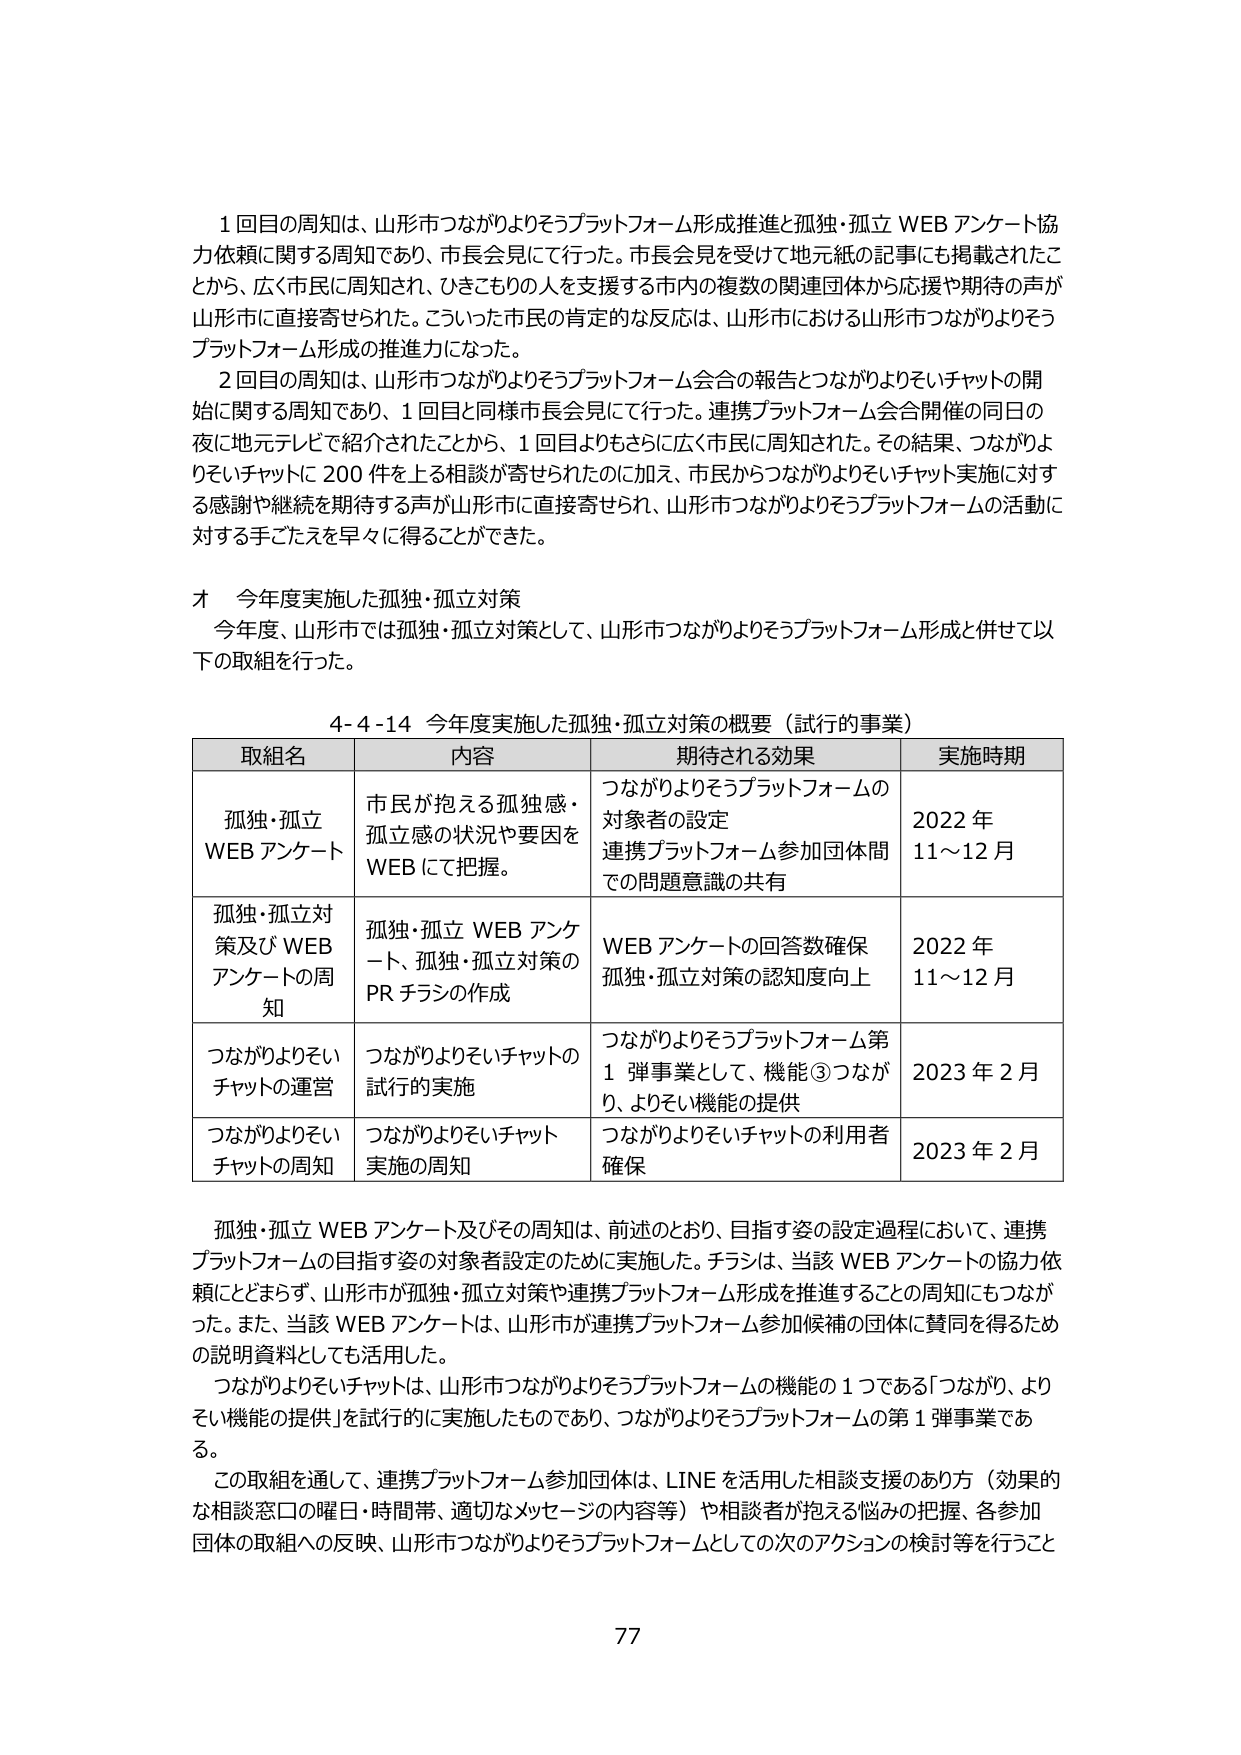
1回目の周知は、山形市つながりよろずプラットフォーム形成推進と孤独・孤立WEBアンケート協力依頼に関する周知であり、市長会見にて行った。市長会見を受け地元紙の記事にも掲載されたことから、広く市民に周知され、ひきこもりの人を支援する市内の複数の関連団体から応援や期待の声が山形市に直接寄せられた。こういった市民の肯定的な反応は、山形市における山形市つながりよろずプラットフォーム形成の推進力になった。

2回目の周知は、山形市つながりよろずプラットフォーム会合の報告とつながりよろいチャットの開始に関する周知であり、1回目と同様市長会見にて行った。連携プラットフォーム会合開催の同日の夜に地元テレビで紹介されたことから、1回目よりもさらに広く市民に周知された。その結果、つながりよろいチャットに200件を上る相談が寄せられたのに加え、市民からつながりよろいチャット実施に対する感謝や継続を期待する声が山形市に直接寄せられ、山形市つながりよろずプラットフォームの活動に対する手ごたえを早くに得ることができた。

オ 今年度実施した孤独・孤立対策

今年度、山形市では孤独・孤立対策として、山形市つながりよろずプラットフォーム形成と併せて以下の取組を行った。

4-4-14 今年度実施した孤独・孤立対策の概要（試行的事業）

取組名 内容 期待される効果 実施時期
孤独・孤立WEBアンケート 市民が抱える孤独感・孤立感の状況や要因をWEBにて把握。 つながりよろずプラットフォームの対象者の設定 連携プラットフォーム参加団体間での問題意識の共有 2022年11～12月
孤独・孤立対策及びWEBアンケートの周知 孤独・孤立WEBアンケート、孤独・孤立対策のPRチラシの作成 WEBアンケートの回答数確保 孤独・孤立対策の認知度向上 2022年11～12月
つながりよろいチャットの運営 つながりよろいチャットの試行の実施 つながりよろずプラットフォーム第1弾事業として、機能③つながり、よりよい機能の提供 2023年2月
つながりよろいチャットの周知 つながりよろいチャット実施の周知 つながりよろいチャットの利用者確保 2023年2月

孤独・孤立WEBアンケート及びその周知は、前述のとおり、目指す姿の設定過程において、連携プラットフォームの目指す姿の対象者設定のために実施した。チラシは、当該WEBアンケートの協力依頼にとどまらず、山形市が孤独・孤立対策や連携プラットフォーム形成を推進することの周知にもつながった。また、当該WEBアンケートは、山形市が連携プラットフォーム参加候補の団体に賛同を得るための説明資料としても活用した。

つながりよろいチャットは、山形市つながりよろずプラットフォームの機能の1つである「つながり、よりよい機能の提供」を試行的に実施したものであり、つながりよろずプラットフォームの第1弾事業である。

この取組を通じて、連携プラットフォーム参加団体は、LINEを活用した相談支援のあり方（効果的な相談窓口の曜日・時間帯、適切なメッセージの内容等）や相談者が抱える悩みの把握、各参加団体の取組への反映、山形市つながりよろずプラットフォームとしての次のアクションの検討等を行うこと

77